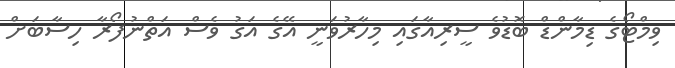
ވިމްޓޯގެ ޑިމާންޑް ބޮޑުވެ ސީރިއާގައި މިހާރުވަނީ އޭގެ އަގު ވެސް އަތްނުފޯރާ ހިސާބަށް